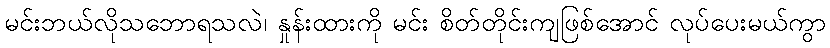
မင်းဘယ်လိုသဘောရသလဲ၊ နှုန်းထားကို မင်း စိတ်တိုင်းကျဖြစ်အောင် လုပ်ပေးမယ်ကွာ